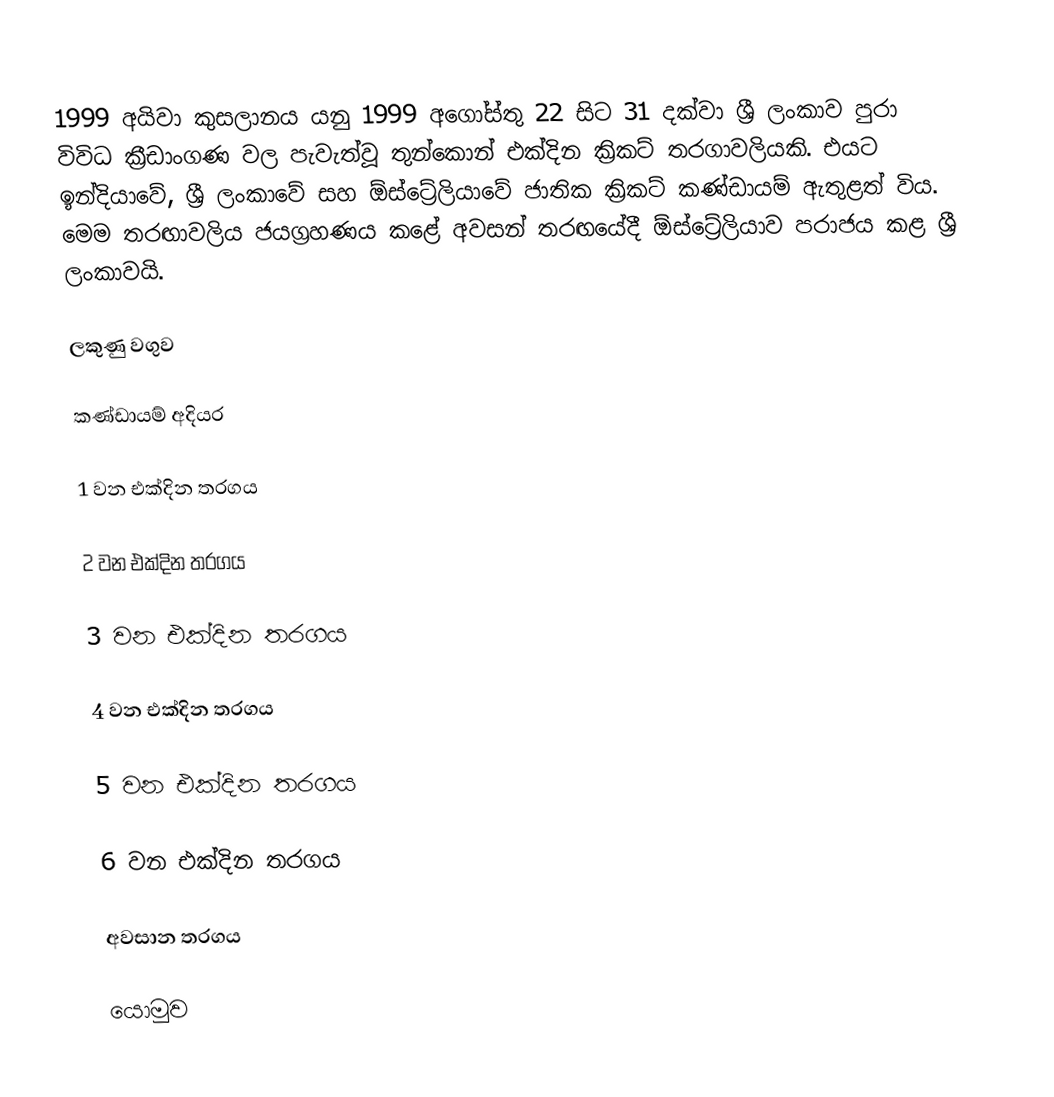
1999 අයිවා කුසලානය යනු 1999 අගෝස්තු 22 සිට 31 දක්වා ශ්‍රී ලංකාව පුරා විවිධ ක්‍රීඩාංගණ වල පැවැත්වූ තුන්කොන් එක්දින ක්‍රිකට් තරගාවලියකි. එයට ඉන්දියාවේ, ශ්‍රී ලංකාවේ සහ ඕස්ට්‍රේලියාවේ ජාතික ක්‍රිකට් කණ්ඩායම් ඇතුළත් විය. මෙම තරඟාවලිය ජයග්‍රහණය කළේ අවසන් තරඟයේදී ඕස්ට්‍රේලියාව පරාජය කළ ශ්‍රී ලංකාවයි.

ලකුණු වගුව

කණ්ඩායම් අදියර

1 වන එක්දින තරගය

2 වන එක්දින තරගය

3 වන එක්දින තරගය

4 වන එක්දින තරගය

5 වන එක්දින තරගය

6 වන එක්දින තරගය

අවසාන තරගය

යොමුව